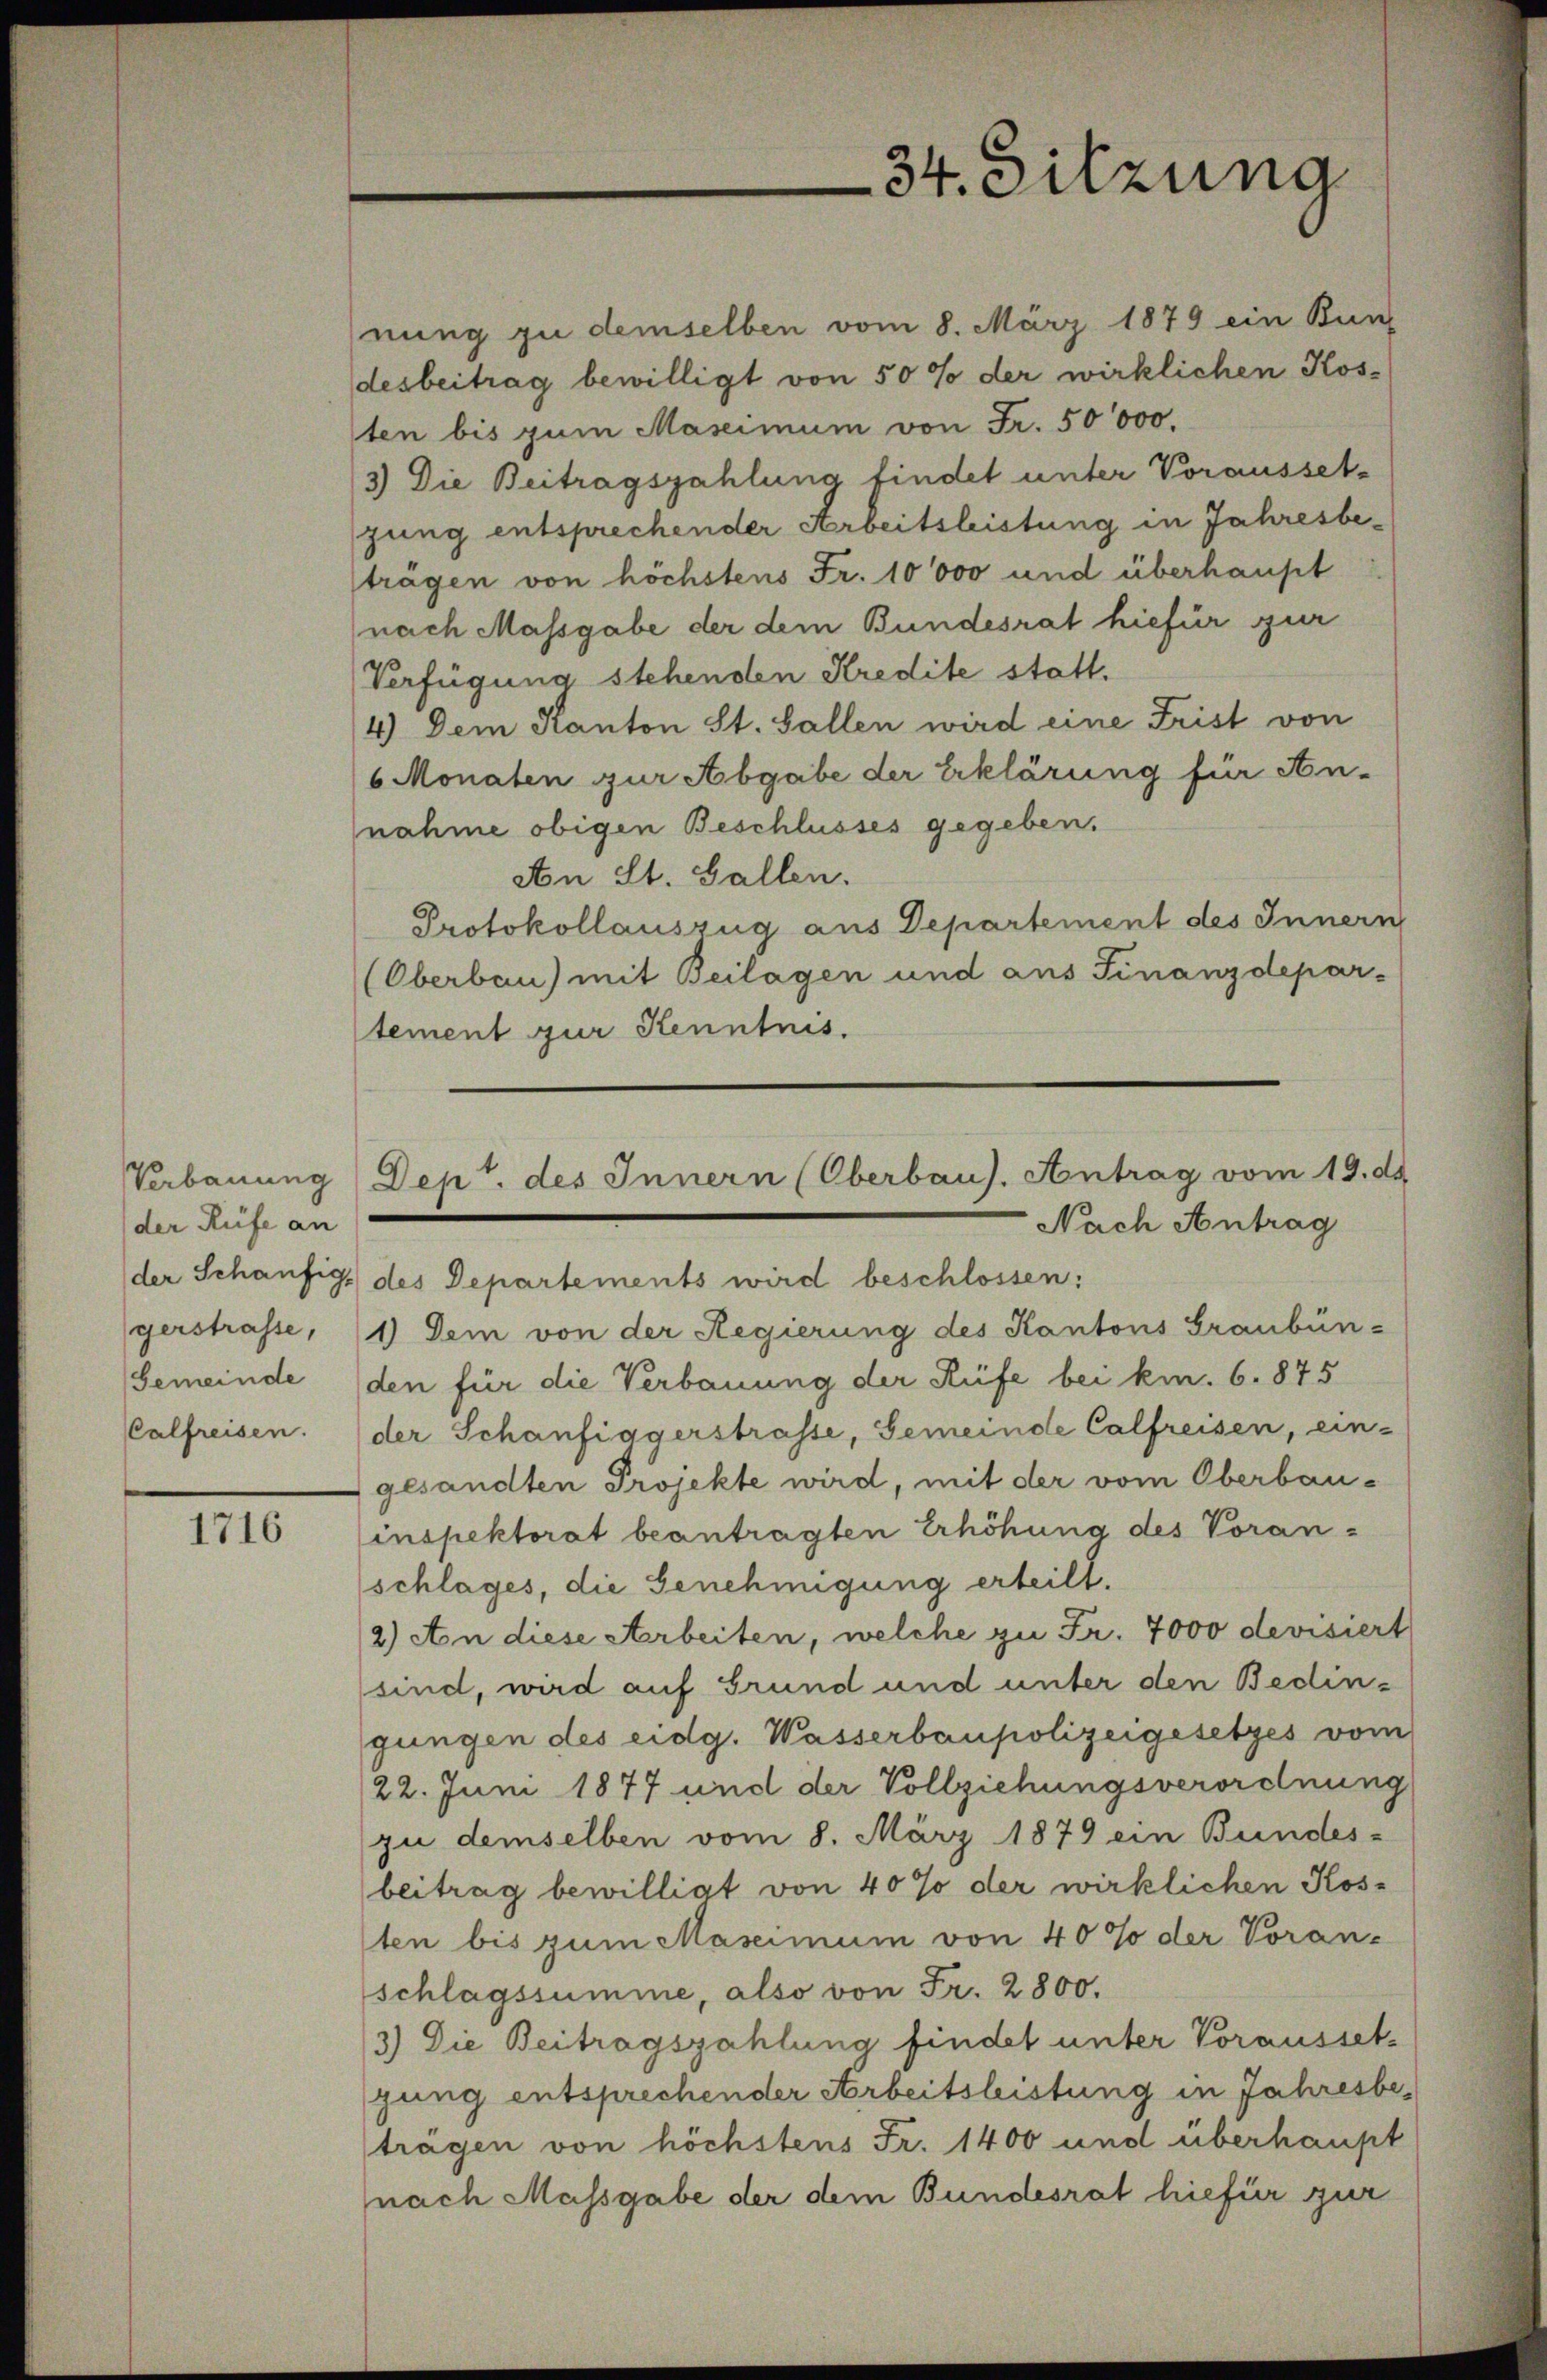
Verbauung
der Rufe an
der Schaufig,
gerstrasse,
Gemeinde
Calfreisen.

1716

nung zu demselben vom 8. März 1879 ein Bunz
desbeitrag bewilligt von 50 % der wirklichen Kos-
ten bis zum Maseimum von Fr. 50000.
3) Die Beitragszahlung findet unter Vorausset-
jung entsprechender Arbeitsleistung in Jahresbeträgen von höchstens Fr. 10000 und überhaupt
nach Massgabe der dem Bundesrat hiefür zur
Verfügung stehenden Kredite statt.
14) Dem Kanton St. Gallen wird eine Frist von
6 Monaten zur Abgabe der Erklärung für An-
nahme obigen Beschlusses gegeben.
An St. Gallen.
Protokollauszug aus Departement des Innern
(Oberbau) mit Beilagen und aus Finanzdepar-
tement zur Kenntnis.
des Departements wird beschlossen:
1) Dem von der Regierung des Kantons Graubün-
den für die Verbauung der Rüfe bei km. 6. 875
der Schänfiggerstrasse, Gemeinde Calfreisen, ein-
gesandten Projekte wird, mit der vom Oberbau-
inspektorat beantragten Erhöhung des Voran¬
(schlages, die Genehmigung erteilt.
2) An diese Arbeiten, welche zu Fr. 7000 devisiert
sind, wird auf Grund und unter den Bedingungen des eidg. Wasserbaupolizeigesetzes vom
22. Juni 1877 und der Vollziehungsverordnung
zu demselben vom 8. März 1879 ein Bundes-
beitrag bewilligt von 40% der wirklichen Kosten bis zum Massimum von 40% der Voran-
schlagssumme, also von Fr. 2800.
3) Die Beitragszahlung findet unter Voraussetz
jung entsprechender Arbeitsleistung in Jahresbeträgen von höchstens Fr. 1400 und überhaupt
nach Massgabe der dem Bundesrat hiefür zur

34. Sitzung

Dep. des Innern (Oberbaus. Antrag vom 19. ds.
Nach Antrag